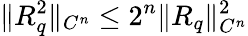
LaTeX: \| R_{q}^{2}\| _{C^{n}}\leq 2^{n}\| R_{q}\| _{C^{n}}^{2}